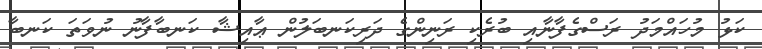
ކަޅު މުހައްމަދު ރަސްގެފާނާއި ބުރެކި ރަނިންގެ ދަރިކަނބަލުން ޢާއިޝާ ކަނބާފާނު ނުވަތަ ކަނބާ